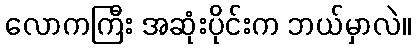
လောကကြီး အဆုံးပိုင်းက ဘယ်မှာလဲ။